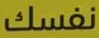
نفسك